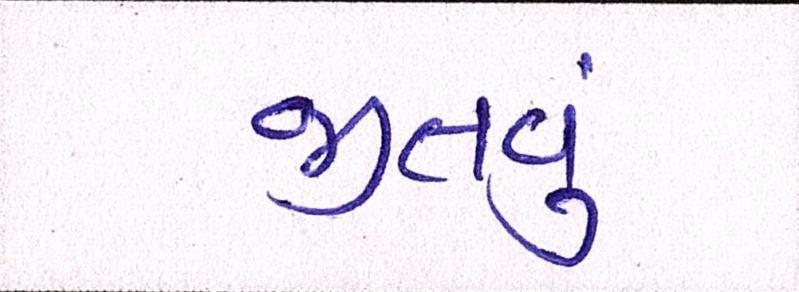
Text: જીતવું